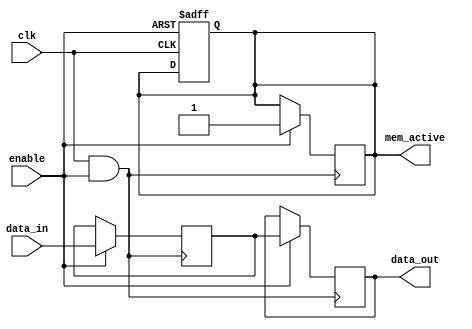
module MemoryBlock (
    input wire clk,                // Original clock signal
    input wire enable,             // Enable signal for clock gating
    input wire [7:0] data_in,      // Input data to the memory
    output reg [7:0] data_out,     // Output data from the memory
    output reg mem_active          // Indicates whether memory is active
);
    reg [7:0] memory [0:15];      // Example memory array (16 x 8 bits)
    
    // Clock Gating Logic
    wire gated_clk;
    
    // Using AND gate for clock gating
    assign gated_clk = clk & enable;

    // Memory write operation
    always @(posedge gated_clk) begin
        if (enable) begin
            memory[0] <= data_in;   // Just an example, always writing to address 0
            mem_active <= 1;         // Indicate that memory is active
        end
    end

    // Memory read operation
    always @(posedge gated_clk) begin
        if (enable) begin
            data_out <= memory[0];   // Read from address 0
        end
    end
    
    // Reset memory_active indication when disabled
    always @(negedge clk or negedge enable) begin
        if (!enable) begin
            mem_active <= 0;         // Indicate that memory is inactive on disable
        end
    end
endmodule